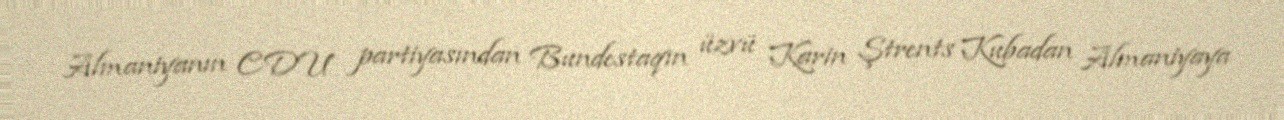
Almaniyanın CDU partiyasından Bundestaqın üzvü Karin Ştrents Kubadan Almaniyaya